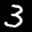
Label: 3